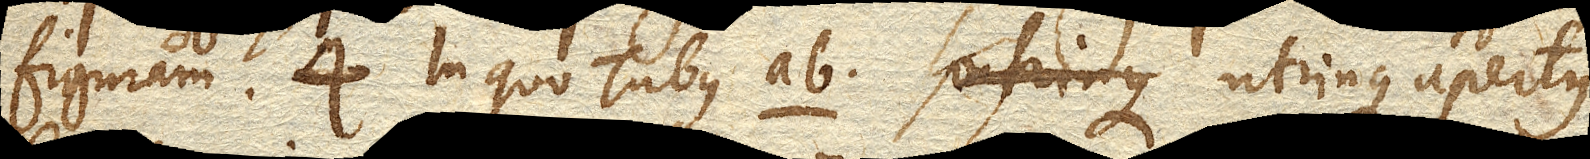
figuram 4. in quo Tubus ab. utrinque apertus